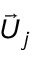
\vec { U } _ { j }